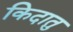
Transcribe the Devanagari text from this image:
किदातु